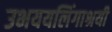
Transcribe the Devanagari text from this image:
उभययलिंगाश्रयी